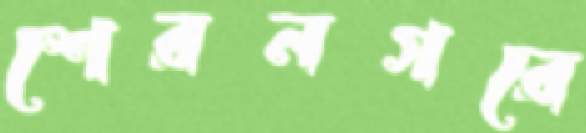
শেরনগরে